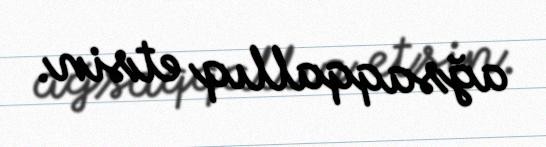
ağsaqqallıq etsin.